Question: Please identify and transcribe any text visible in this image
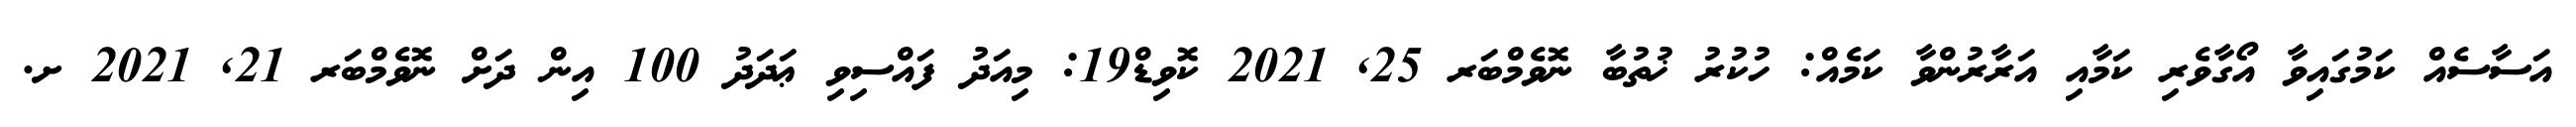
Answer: އަސާސެއް ކަމުގައިވާ އޯގާވެރި ކަމާއި އަރާރުންވާ ކަމެއް: ހުކުރު ޚުތުބާ ނޮވެމްބަރ 25, 2021 ކޮވިޑް19: މިއަދު ފައްސިވި ޢަދަދު 100 އިން ދަށް ނޮވެމްބަރ 21, 2021 ށ.